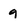
Character: q